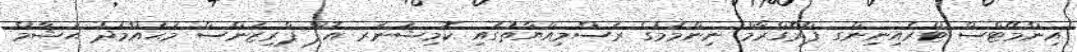
އިންމޭޓްސް ޓްރެއިނިންގ ޕްރޮގްރާމް ނިންމުމުގެ ރަސްމިއްޔާތުގައި ކޮމިޝަނަރ އޮފް ޕްރިޒަންސް މުޙައްމަދު ޙުޝާމް